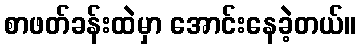
စာဖတ်ခန်းထဲမှာ အောင်းနေခဲ့တယ်။